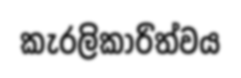
කැරලිකාරිත්වය